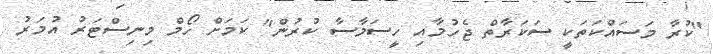
"ކުރާ މަސައްކަތަކީ ސަކަރާތް ޖެހުމާއި ހީސަމާސާ ކުރުން" ކަމަށް ހޯމް މިނިސްޓަރު އުމަރު